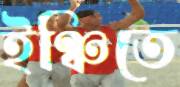
ইঞ্চিতে